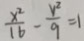
\frac { x ^ { 2 } } { 1 6 } - \frac { y ^ { 2 } } { 9 } = 1